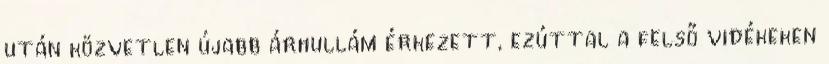
után közvetlen újabb árhullám érkezett, ezúttal a felső vidékeken